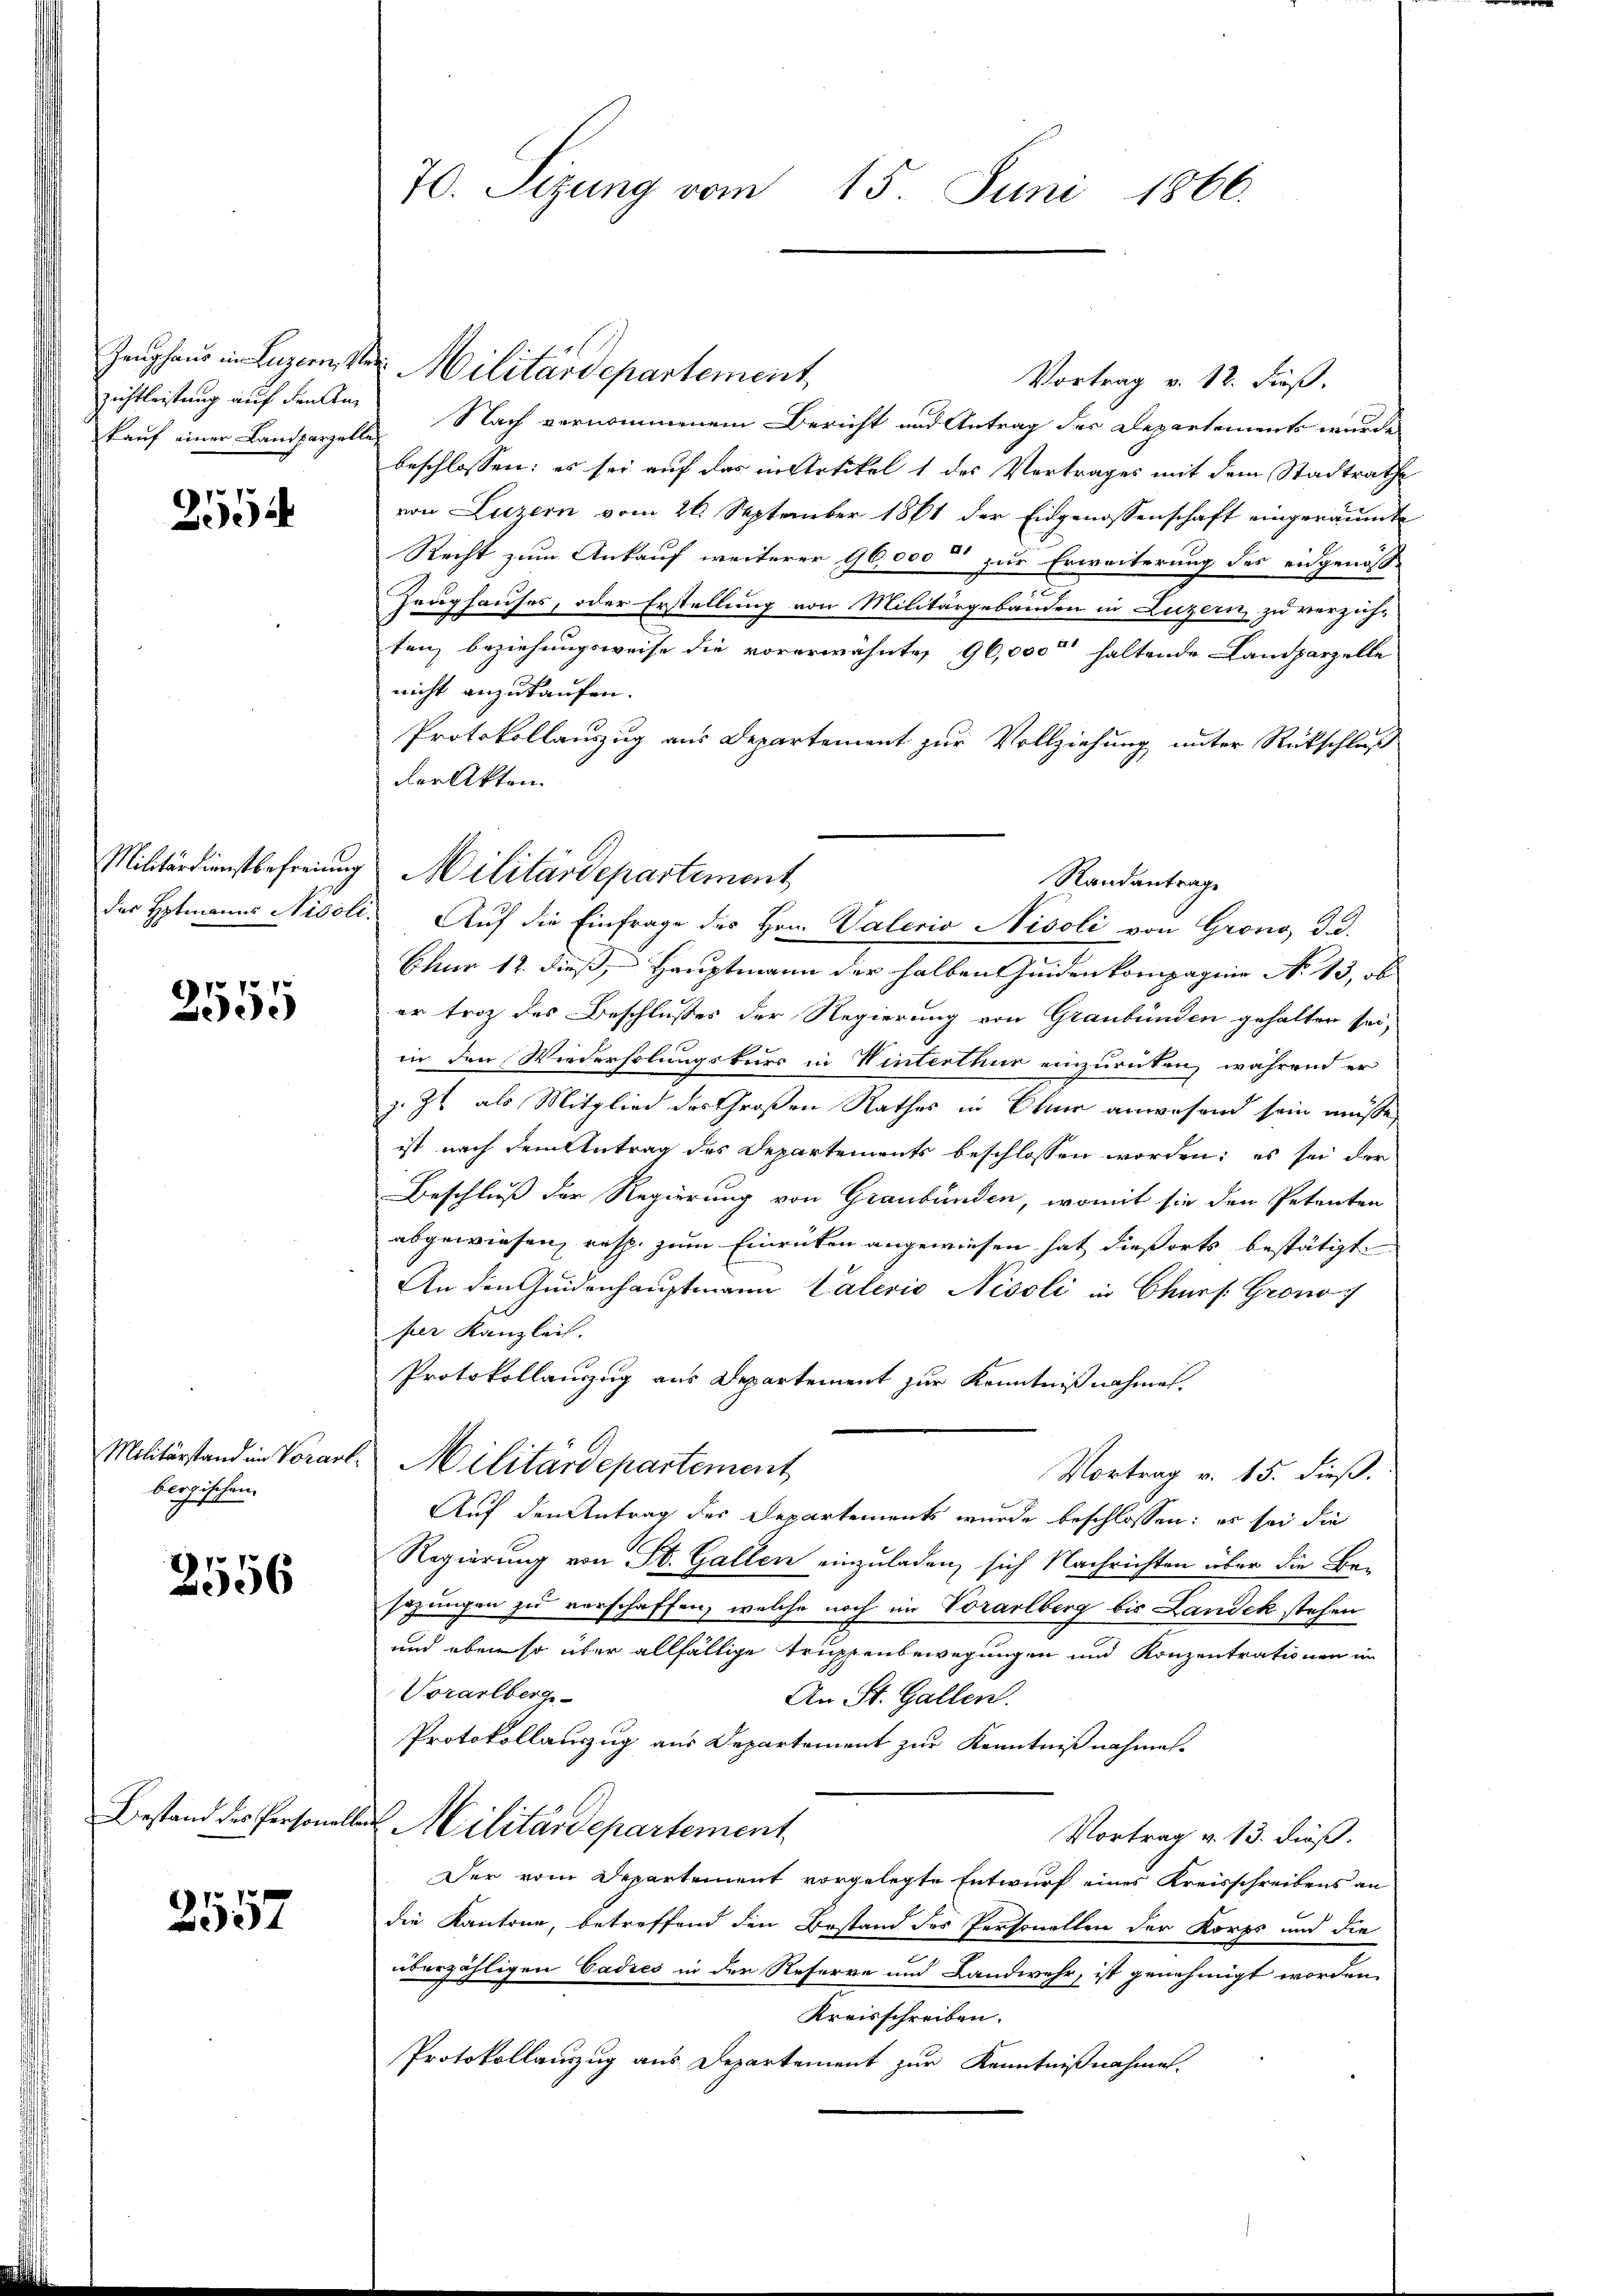
zichtleistung auf den An¬

2554

2555

Militärstand im Vorare
bergischen.

2556

Bestand des Personals

2557

Zeughaus in Luzern, St. Militärdepartement
Vortrag v. 12. dieß,
kauf einer Landparzelle Nach vernommenem Bericht und Antrag der Departements wurde
beschlossen: es sei auf das in Artikel 1 des Vortrages mit dem Stadtrathe
von Luzern vom 26. September 1861 der Eidgenossenschaft eingeräumt
Recht zum Ankauf weiterer 96,000 zur Erweiterung des eidgenös-
Zeughauses, oder Erstellung von Militärgebäuden in Luzern zu verzich-
ten, beziehungsweise die vorerwähnten 96,000 haltende Landparzelle
nicht anzukaufen.
Protokollauszug aus Departement zur Vollziehung unter Rückschluß
der Akten.
der Hptmanns Nicoli. Auf die Einfrage des Hrn. Vaterio Nisoli von Grono, d. d.
Chur 12. dieß, Hauptmann der halben seiden kompagnie No 13, ob
er trotz des Beschlußes der Regierung von Graubünden gehalten sei-
in den Wiederholungskurs in Winterthur einzurücken, während er
z. Zt. als Mitglied des Großen Rathes in Ohne anwesend sein müsse,
ist nach dem Antrag des Departements beschlossen worden: es sei der
Beschluß der Regierung von Graubünden, womit sie den Petenten
abgewiesen, resp. zum Einrücken angewiesen hat dießorts bestätigt
An den Geidenhauptmann Vaterio Nicoli in Churs. Grono
per Kanzlei.
Protokollauszug aus Departement zur Kenntnißnahmen.
Militärdepartement
Vortrag v. 15. dieß.
Auf den Antrag des Departements wurde beschlossen: es sei die
Regierung von St. Gallen einzuladen, sich Nachrichten über die Besazungen zu verschaffen, welche noch im Vorarlberg bis Landek stehen
und eben so über allfällige Truppenbewegungen und Konzentrationen in
Vorarlberge-
An St. Gallen.
Protokollauszug aus Departement zur Kenntnißnahmen.
Tel Militärdepartement
Vortrag v. 13. dieß.
Der vom Departement vorgelegte Entwurf eines Kreisschreibens an
die Kantone, betreffend den Bestand des Personellen der Korps und die
überzähligen Cadres in der Referre und Landwehr, ist genehmigt worden,
Kreisschreiben.
Protokollauszug aus Departement zur Kenntnißnahme.

70. Sizung vom 15. Juni 1866.

Militärdienstbefreiung Militärdepartement
Rlandantrage